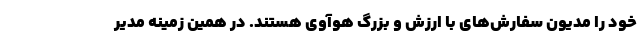
خود را مدیون سفارش‌های با ارزش و بزرگ هوآوی هستند. در همین زمینه مدیر